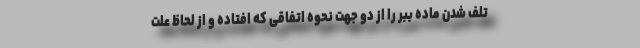
تلف شدن ماده ببر را از دو جهت نحوه اتفاقی که افتاده و از لحاظ علت